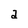
Character: a